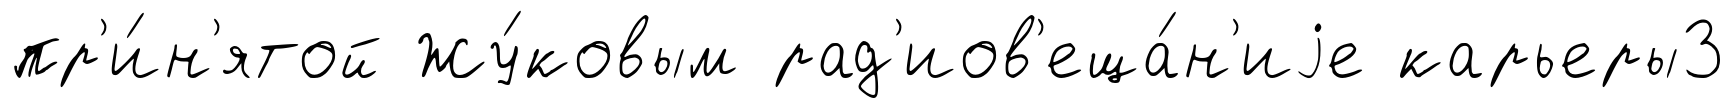
пр'и́н'ятой Жу́ковым рад'иов'еща́н'иjе карьеры3